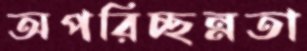
অপরিচ্ছন্নতা